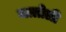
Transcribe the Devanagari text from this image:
मत्तोली